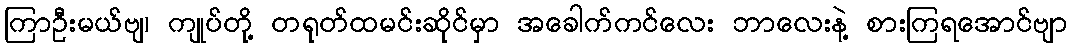
ကြာဦးမယ်ဗျ၊ ကျုပ်တို့ တရုတ်ထမင်းဆိုင်မှာ အခေါက်ကင်လေး ဘာလေးနဲ့ စားကြရအောင်ဗျာ